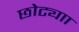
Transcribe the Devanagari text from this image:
छोट्याा